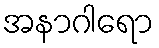
အနာဂါရော